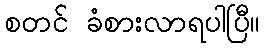
စတင် ခံစားလာရပါပြီ။